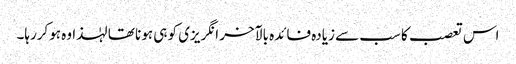
اس تعصب کا سب سے زیادہ فائدہ بالآخر انگریزی کو ہی ہونا تھا لہٰذا وہ ہوکررہا۔